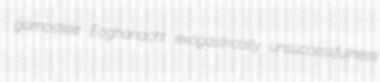
gamostele Eoghanacht exogastrically unsuccessfulness